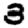
Digit: 3